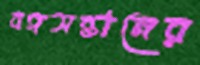
বঙ্গসন্তানের